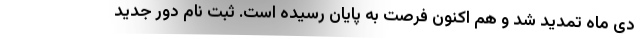
دی ماه تمدید شد و هم اکنون فرصت به پایان رسیده است. ثبت نام دور جدید